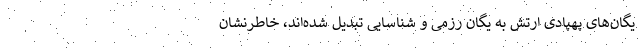
یگان‌های پهپادی ارتش به یگان رزمی و شناسایی تبدیل شده‌اند، خاطرنشان